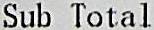
SUB TOTAL